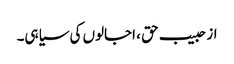
از حبیب حق ، اجالوں کی سیاہی۔